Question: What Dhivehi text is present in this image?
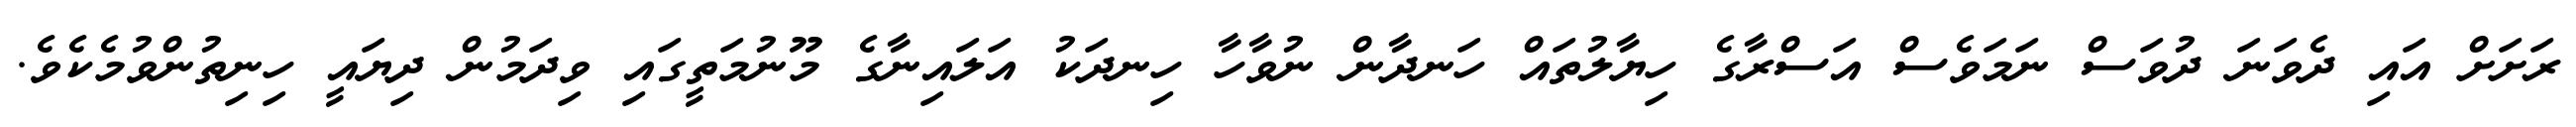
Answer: ރަށަށް އައި ދެވަނަ ދުވަސް ނަމަވެސް އަސްރާގެ ހިޔާލުތައް ހަނދާން ނުވާހާ ހިނދަކު އަލައިނާގެ މޫނުމަތީގައި ވިދަމުން ދިޔައީ ހިނިތުންވުމެކެވެ.